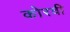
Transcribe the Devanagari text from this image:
कोरवी